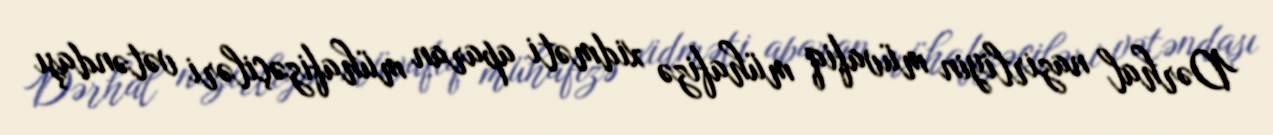
Dərhal nazirliyin müvafiq mühafizə xidməti aparan mühafizəçiləri vətəndaşı